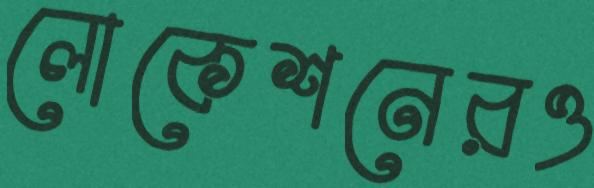
লোকেশনেরও